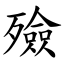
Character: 殮